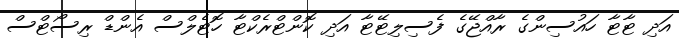
އަދި ޓާޓާ ހައުސިންގެ ރާއްޖޭގެ ފެސިލިޓޭޓާ އަދި ކޮންޓްރެކްޓާ ހޮޓެލްސް އެންޑް ރިސޯޓްސް